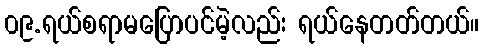
၀၉.ရယ်စရာမပြောပင်မဲ့လည်း ရယ်နေတတ်တယ်။